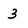
Character: 3